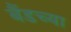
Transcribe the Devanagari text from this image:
बैंडच्या